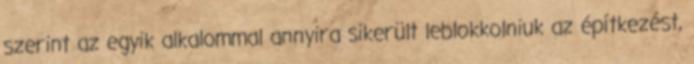
szerint az egyik alkalommal annyira sikerült leblokkolniuk az építkezést,